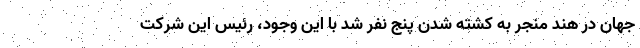
جهان در هند منجر به کشته شدن پنج نفر شد با این وجود، رئیس این شرکت